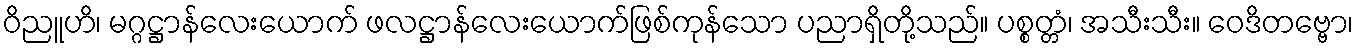
ဝိညူဟိ၊ မဂ္ဂဋ္ဌာန်လေးယောက် ဖလဋ္ဌာန်လေးယောက်ဖြစ်ကုန်သော ပညာရှိတို့သည်။ ပစ္စတ္တံ၊ အသီးသီး။ ဝေဒိတဗ္ဗော၊